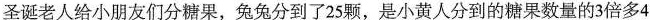
圣诞老人给小朋友们分糖果，兔兔分到了25颗，是小黄人分到的糖果数量的3倍多4